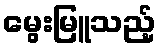
မွေးမြူသည့်